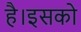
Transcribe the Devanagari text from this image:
है।इसको